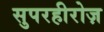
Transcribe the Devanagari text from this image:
सुपरहीरोज़